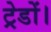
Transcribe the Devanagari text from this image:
ट्रेडों।